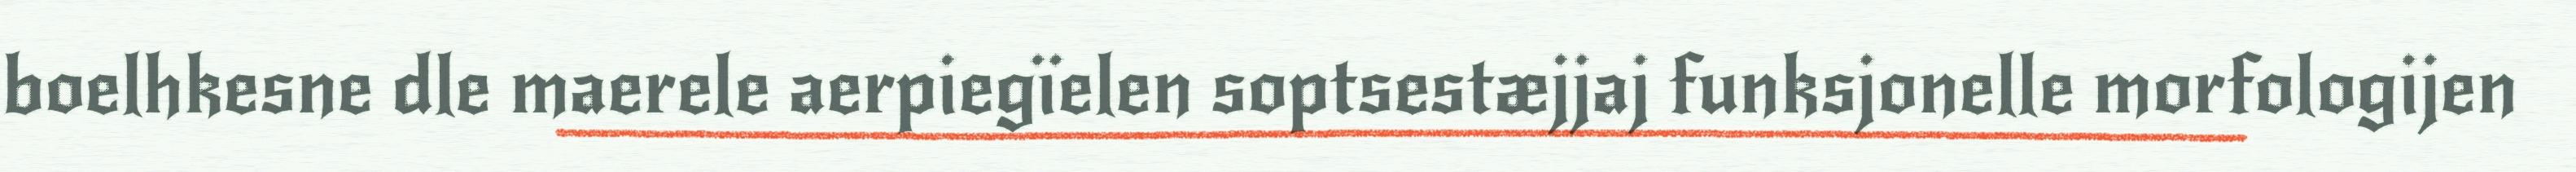
boelhkesne dle maerele aerpiegïelen soptsestæjjaj funksjonelle morfologijen